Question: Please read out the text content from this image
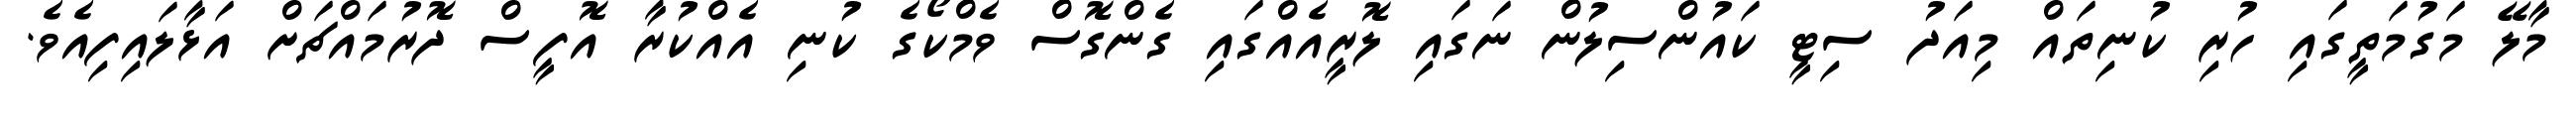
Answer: މާލޭ މަގުމަތީގައި ހުރި ކުނިތައް މިއަދު ސިޓީ ކައުންސިލުން ނަގައި ލޮރީއެއްގައި ގެންގޮސް ވެމްކޯގެ ކުނި އެއްކުރާ އޮފީސް ދޮރުމައްޗަށް އަޅާލައިފިއެވެ.